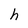
Character: h